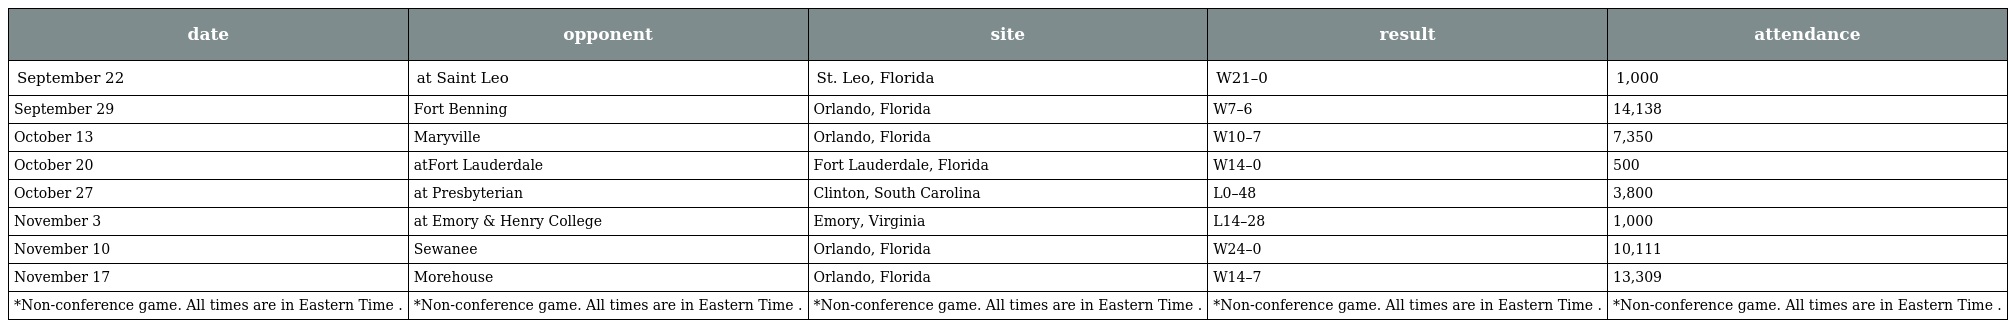
| date | opponent | site | result | attendance |
 | --- | --- | --- | --- | --- |
 | September 22 | at Saint Leo | St. Leo, Florida | W21–0 | 1,000 |
 | September 29 | Fort Benning | Orlando, Florida | W7–6 | 14,138 |
 | October 13 | Maryville | Orlando, Florida | W10–7 | 7,350 |
 | October 20 | atFort Lauderdale | Fort Lauderdale, Florida | W14–0 | 500 |
 | October 27 | at Presbyterian | Clinton, South Carolina | L0–48 | 3,800 |
 | November 3 | at Emory & Henry College | Emory, Virginia | L14–28 | 1,000 |
 | November 10 | Sewanee | Orlando, Florida | W24–0 | 10,111 |
 | November 17 | Morehouse | Orlando, Florida | W14–7 | 13,309 |
 | *Non-conference game. All times are in Eastern Time . | *Non-conference game. All times are in Eastern Time . | *Non-conference game. All times are in Eastern Time . | *Non-conference game. All times are in Eastern Time . | *Non-conference game. All times are in Eastern Time . |